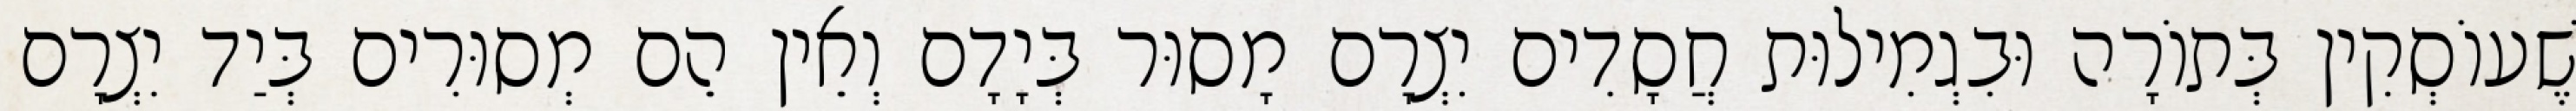
שֶׁעוֹסְקִין בְּתוֹרָה וּבִגְמִילוּת חֲסָדִים יִצְרָם מָסוּר בְּיָדָם וְאֵין הֵם מְסוּרִים בְּיַד יִצְרָם